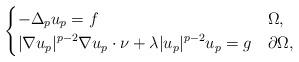
LaTeX: \begin{align*}\begin{cases}\displaystyle -\Delta_p u_p = f & \Omega,\\\displaystyle |\nabla u_p|^{p-2}\nabla u_p\cdot \nu +\lambda |u_p|^{p-2}u_p = g& \partial\Omega,\end{cases}\end{align*}